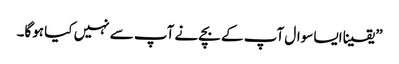
” یقینا ایسا سوال آپ کے بچے نے آپ سے نہیں کیا ہوگا۔